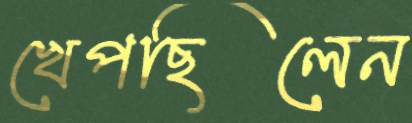
খেপছিলেন